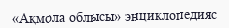
«Ақмола облысы» энциклопедияс